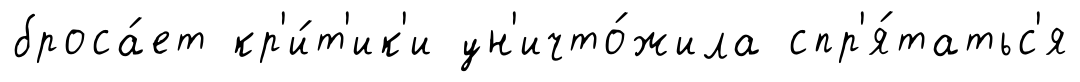
броса́ет кр'и́т'ик'и ун'ичто́жила спр'я́татьс'я